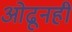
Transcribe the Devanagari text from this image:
ओढूनही